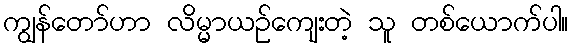
ကျွန်တော်ဟာ လိမ္မာယဉ်ကျေးတဲ့ သူ တစ်ယောက်ပါ။